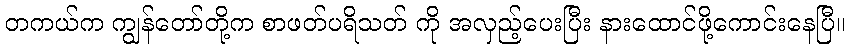
တကယ်က ကျွန်တော်တို့က စာဖတ်ပရိသတ် ကို အလှည့်ပေးပြီး နားထောင်ဖို့ကောင်းနေပြီ။